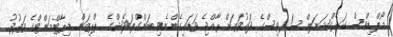
މޯލްޑިވްސް ކަރެކްޝަނަލް ސަރވިސްގެ ދައުވަތަށް ރާއްޖެ ވަޑައިގެންނެވި ބަންގްލަދޭޝްގެ ޕްރިޒަން ޑިޕާޓްމަންޓްގެ ވަފުދު